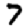
Digit: 7